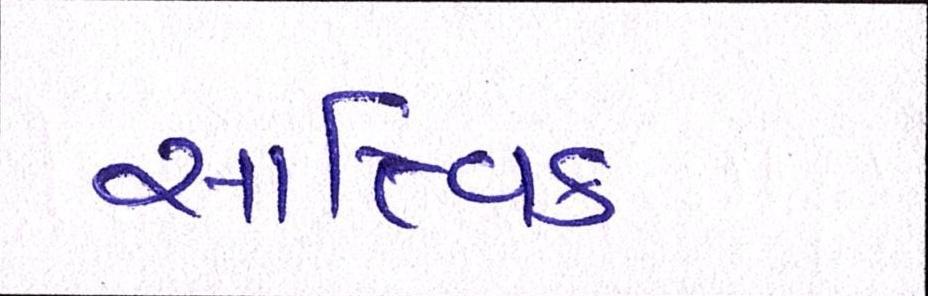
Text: સાત્ત્વિક